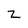
Character: Z